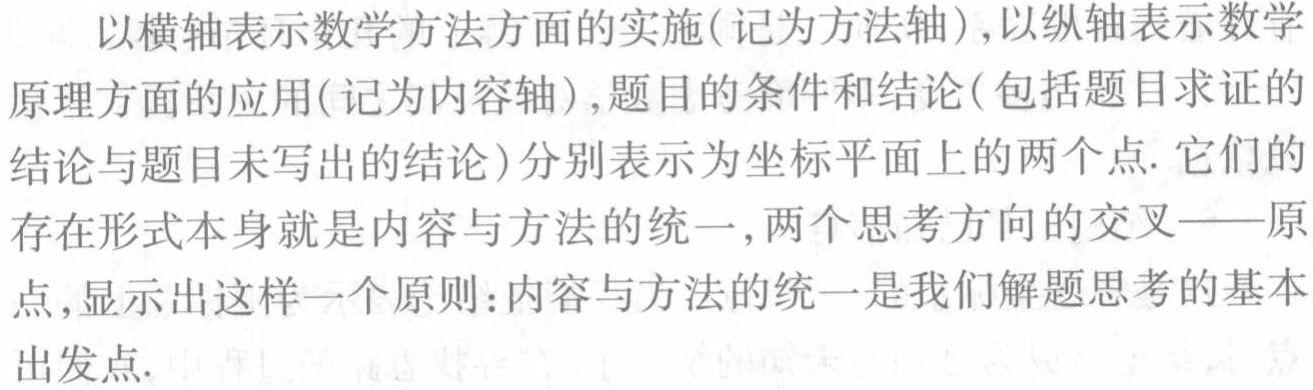
以横轴表示数学方法方面的实施(记为方法轴),以纵轴表示数学原理方面的应用(记为内容轴),题目的条件和结论(包括题目求证的结论与题目未写出的结论)分别表示为坐标平面上的两个点. 它们的存在形式本身就是内容与方法的统一,两个思考方向的交叉——原点,显示出这样一个原则:内容与方法的统一是我们解题思考的基本出发点.